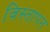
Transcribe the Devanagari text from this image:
विस्तापन